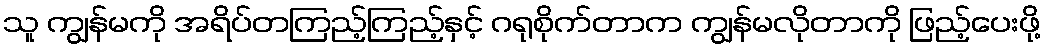
သူ ကျွန်မကို အရိပ်တကြည့်ကြည့်နှင့် ဂရုစိုက်တာက ကျွန်မလိုတာကို ဖြည့်ပေးဖို့